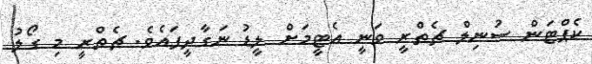
ކެޕްޓަން ސުނިލް ޗެތްރީ ވަނީ އެޓީމަށް ލީޑު ނަގާދީފައެވެ. ޗެތްރީ މި ގޯލު